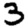
Digit: 3